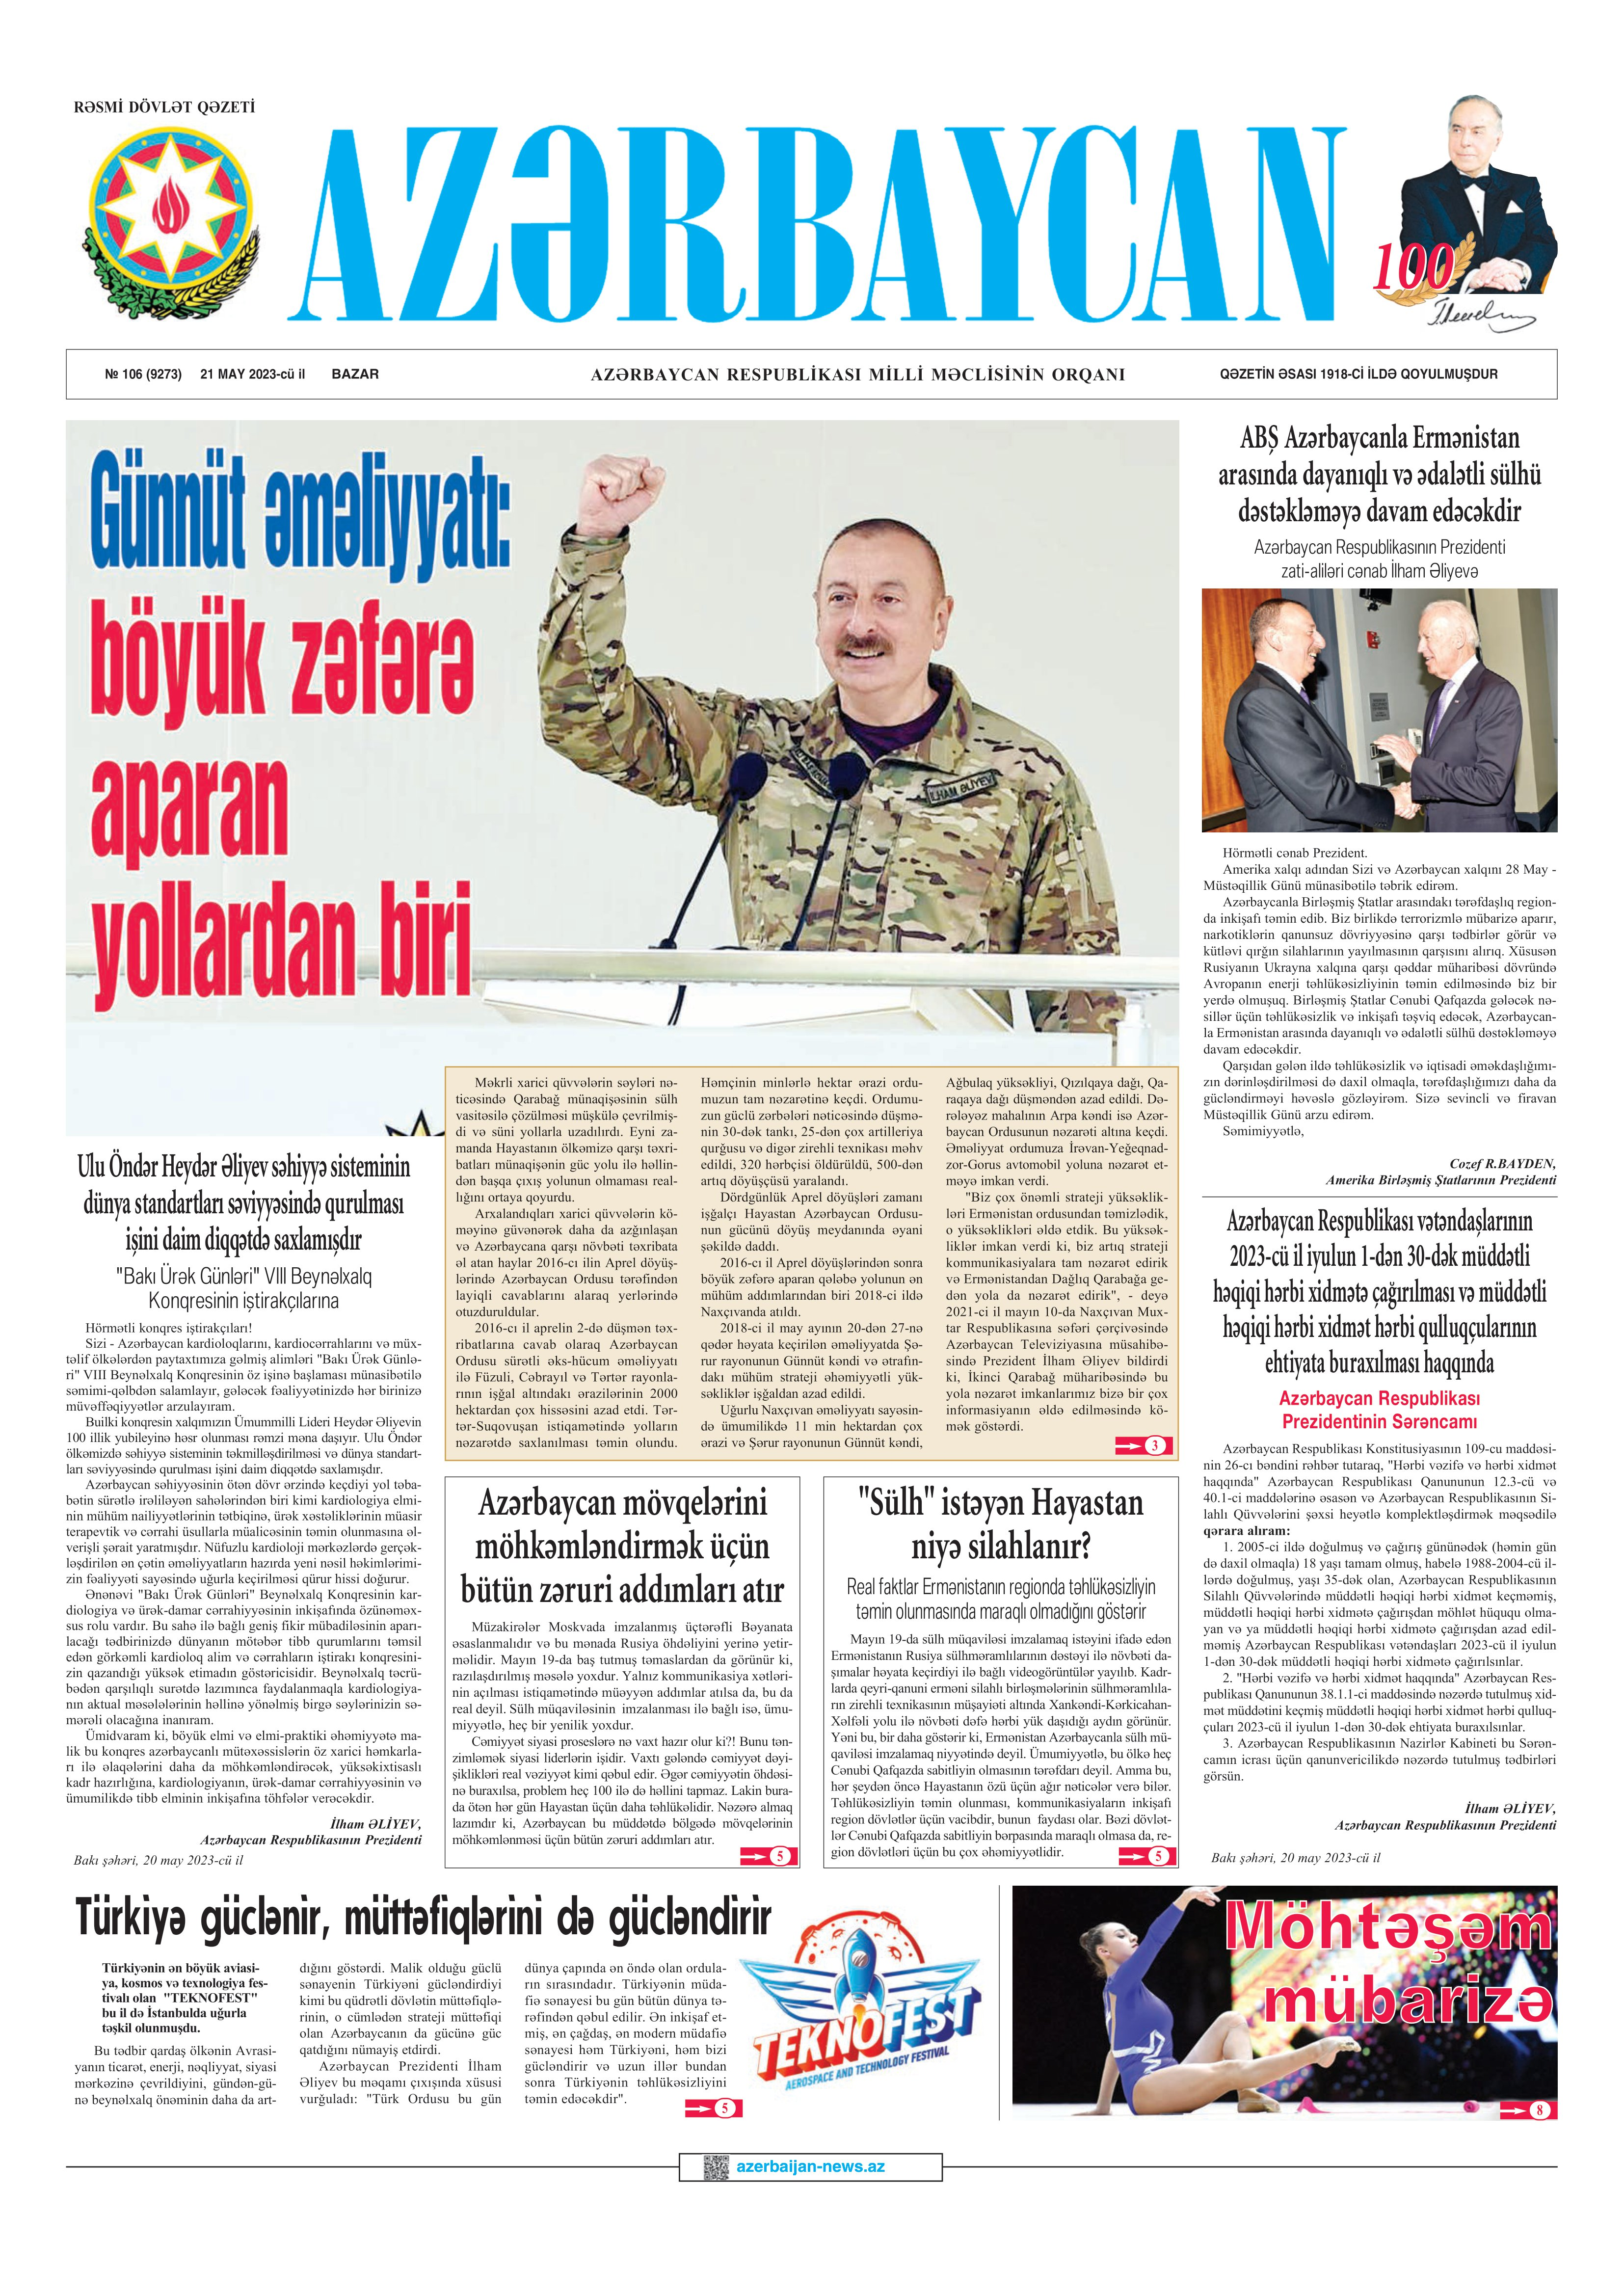
Language: az